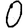
Digit: 0